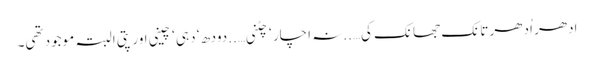
اِدھر اُدھر تانک جھانک کی…..نہ اچار ‘ چٹنی…..دودھ ‘ دہی ‘ چینی اور پتی البتہ موجود تھی۔